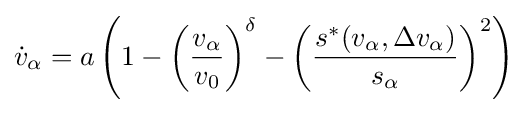
{\dot {v}}_{\alpha }=a\left(1-\left({\frac {v_{\alpha }}{v_{0}}}\right)^{\delta }-\left({\frac {s^{*}(v_{\alpha },\Delta v_{\alpha })}{s_{\alpha }}}\right)^{2}\right)